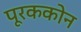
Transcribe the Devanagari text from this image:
पूरककोन